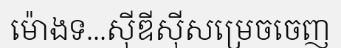
ម៉ោងទ...ស៊ីឌីស៊ីសម្រេចចេញ